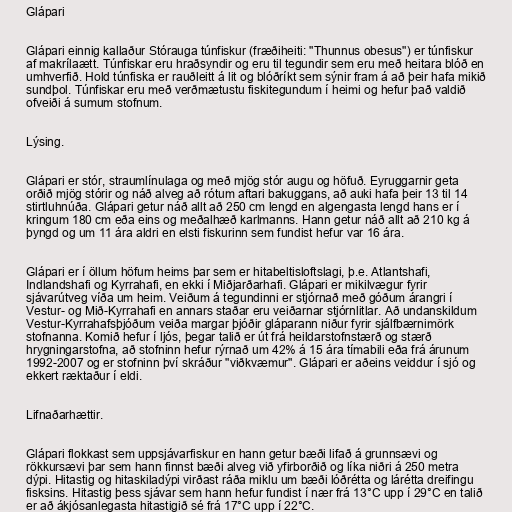
Glápari

Glápari einnig kallaður Stórauga túnfiskur (fræðiheiti: "Thunnus obesus") er túnfiskur
af makrílaætt. Túnfiskar eru hraðsyndir og eru til tegundir sem eru með heitara blóð en
umhverfið. Hold túnfiska er rauðleitt á lit og blóðríkt sem sýnir fram á að þeir hafa mikið
sundþol. Túnfiskar eru með verðmætustu fiskitegundum í heimi og hefur það valdið
ofveiði á sumum stofnum.

Lýsing.

Glápari er stór, straumlínulaga og með mjög stór augu og höfuð. Eyruggarnir geta
orðið mjög stórir og náð alveg að rótum aftari bakuggans, að auki hafa þeir 13 til 14
stirtluhnúða. Glápari getur náð allt að 250 cm lengd en algengasta lengd hans er í
kringum 180 cm eða eins og meðalhæð karlmanns. Hann getur náð allt að 210 kg á
þyngd og um 11 ára aldri en elsti fiskurinn sem fundist hefur var 16 ára.

Glápari er í öllum höfum heims þar sem er hitabeltisloftslagi, þ.e. Atlantshafi,
Indlandshafi og Kyrrahafi, en ekki í Miðjarðarhafi. Glápari er mikilvægur fyrir
sjávarútveg víða um heim. Veiðum á tegundinni er stjórnað með góðum árangri í
Vestur- og Mið-Kyrrahafi en annars staðar eru veiðarnar stjórnlitlar. Að undanskildum
Vestur-Kyrrahafsþjóðum veiða margar þjóðir gláparann niður fyrir sjálfbærnimörk
stofnanna. Komið hefur í ljós, þegar talið er út frá heildarstofnstærð og stærð
hrygningarstofna, að stofninn hefur rýrnað um 42% á 15 ára tímabili eða frá árunum
1992-2007 og er stofninn því skráður "viðkvæmur". Glápari er aðeins veiddur í sjó og
ekkert ræktaður í eldi.

Lifnaðarhættir.

Glápari flokkast sem uppsjávarfiskur en hann getur bæði lifað á grunnsævi og
rökkursævi þar sem hann finnst bæði alveg við yfirborðið og líka niðri á 250 metra
dýpi. Hitastig og hitaskiladýpi virðast ráða miklu um bæði lóðrétta og lárétta dreifingu
fisksins. Hitastig þess sjávar sem hann hefur fundist í nær frá 13°C upp í 29°C en talið
er að ákjósanlegasta hitastigið sé frá 17°C upp í 22°C.